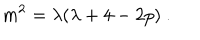
m ^ { 2 } = \lambda ( \lambda + 4 - 2 p ) ~ .